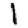
Digit: 1